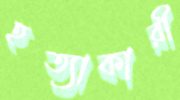
হত্যাকারী